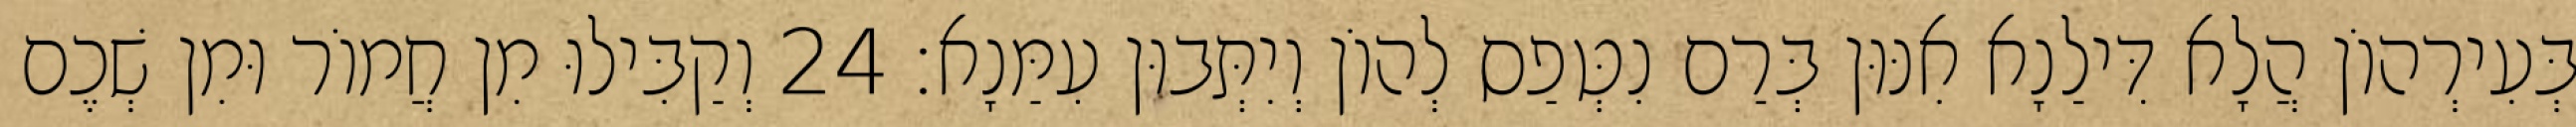
בְּעִירְהוֹן הֲלָא דִּילַנָא אִנּוּן בְּרַם נִטְּפַס לְהוֹן וְיִתְּבוּן עִמַּנָא׃ 24 וְקַבִּילוּ מִן חֲמוֹר וּמִן שְׁכֶם